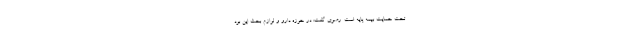
تحت حمایت بیمه پایه است. رضوی گفت: در حوزه دارو و لوازم بحث این بود